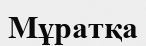
Мұратқа